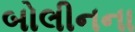
બોલીનના